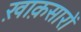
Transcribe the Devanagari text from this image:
ख़ाक़सारों